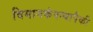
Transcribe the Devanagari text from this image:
विमानकंपन्यापैकी